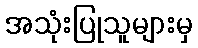
အသုံးပြုသူများမှ